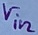
Text: Vin